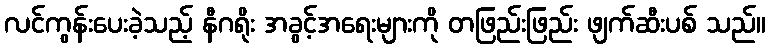
လင်ကွန်းပေးခဲ့သည့် နီဂရိုး အခွင့်အရေးများကို တဖြည်းဖြည်း ဖျက်ဆီးပစ် သည်။